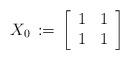
LaTeX: \begin{align*}X_{0} \, :=\, \left[\begin{array}{rr}1 & 1 \\1 & 1 \\\end{array}\right]\end{align*}